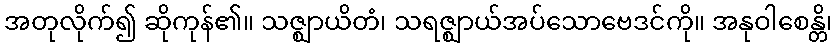
အတုလိုက်၍ ဆိုကုန်၏။ သဇ္ဈာယိတံ၊ သရဇ္ဈာယ်အပ်သောဗေဒင်ကို။ အနုဝါစေန္တိ၊